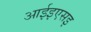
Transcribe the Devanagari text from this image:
आईइएसइ